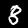
Digit: 8